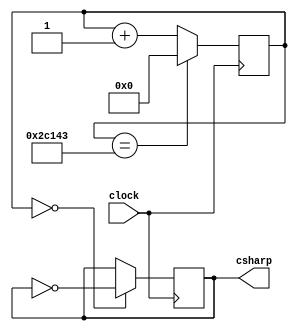
`timescale 1ns / 1ps
//////////////////////////////////////////////////////////////////////////////////
// Company: 
// Engineer: 
// 
// Design Name: 
// Module Name: csharp
// Project Name: 
// Target Devices: 
// Tool Versions: 
// Description: 
// 
// Dependencies: 
// 
// Revision:
// Revision 0.01 - File Created
// Additional Comments:
// 
//////////////////////////////////////////////////////////////////////////////////


module csharp(
    input clock,
    output reg csharp = 0
    );
    
    reg [31:0] count = 0;
    
    always @(posedge clock)
    begin
        count <= (count == 31'd180547) ? 0 : count + 1;
        csharp <= (count == 0) ? ~csharp : csharp ;
    end
    endmodule